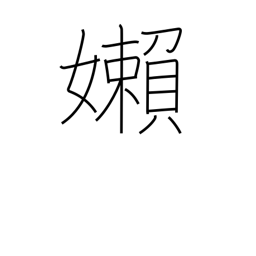
Meaning: languid